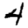
Digit: 4